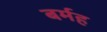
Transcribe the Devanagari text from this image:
बर्मह